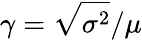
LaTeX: \gamma={\sqrt{\sigma^{2}}}/\mu